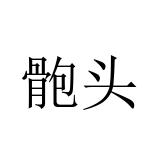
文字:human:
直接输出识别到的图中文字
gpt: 骲头